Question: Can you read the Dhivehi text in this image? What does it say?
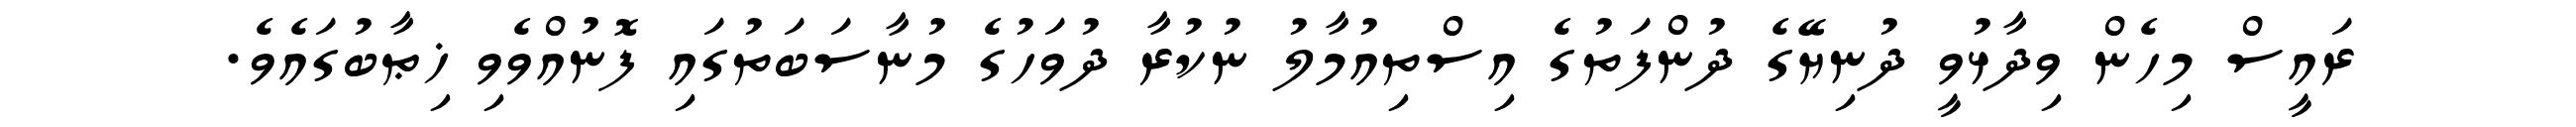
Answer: ރައީސް މިހެން ވިދާޅުވީ ދުނިޔޭގެ ދުންފަތުގެ އިސްތިއުމާލު ނުކުރާ ދުވަހުގެ މުނާސަބަތުގައި ފޮނުއްވެވި ޚިޠާބުގައެވެ.